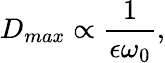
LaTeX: D_{max}\propto\frac{1}{\epsilon\omega_{0}},